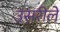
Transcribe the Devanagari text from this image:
उसरीले